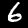
Label: 6